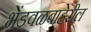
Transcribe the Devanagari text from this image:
भेंडवळबाहेरील